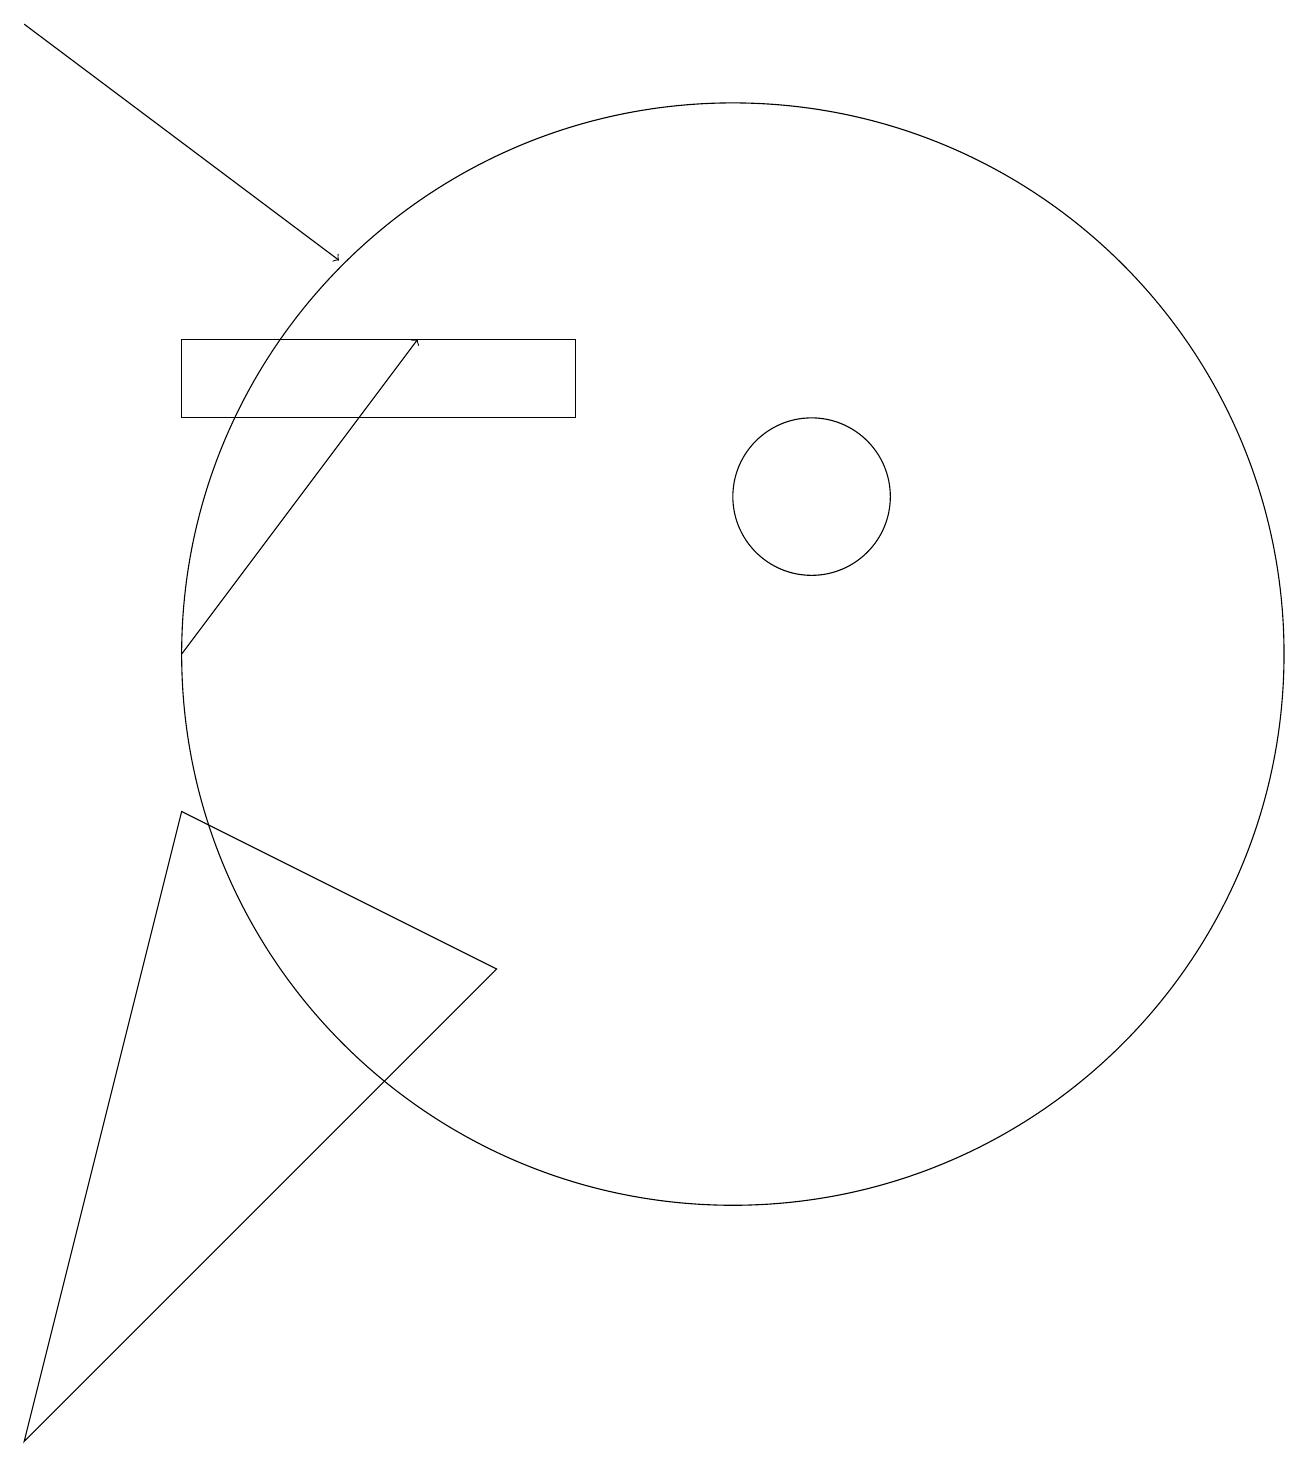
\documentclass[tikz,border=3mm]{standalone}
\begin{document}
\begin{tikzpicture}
\draw (7,6) -- (1,0) -- (3,8) -- cycle;
\draw (3,14) rectangle (8,13);
\draw (11,12) circle (1);
\draw (10,10) circle (7);
\draw[->] (3,10) -- (6,14);
\draw[->] (1,18) -- (5,15);
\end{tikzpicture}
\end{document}